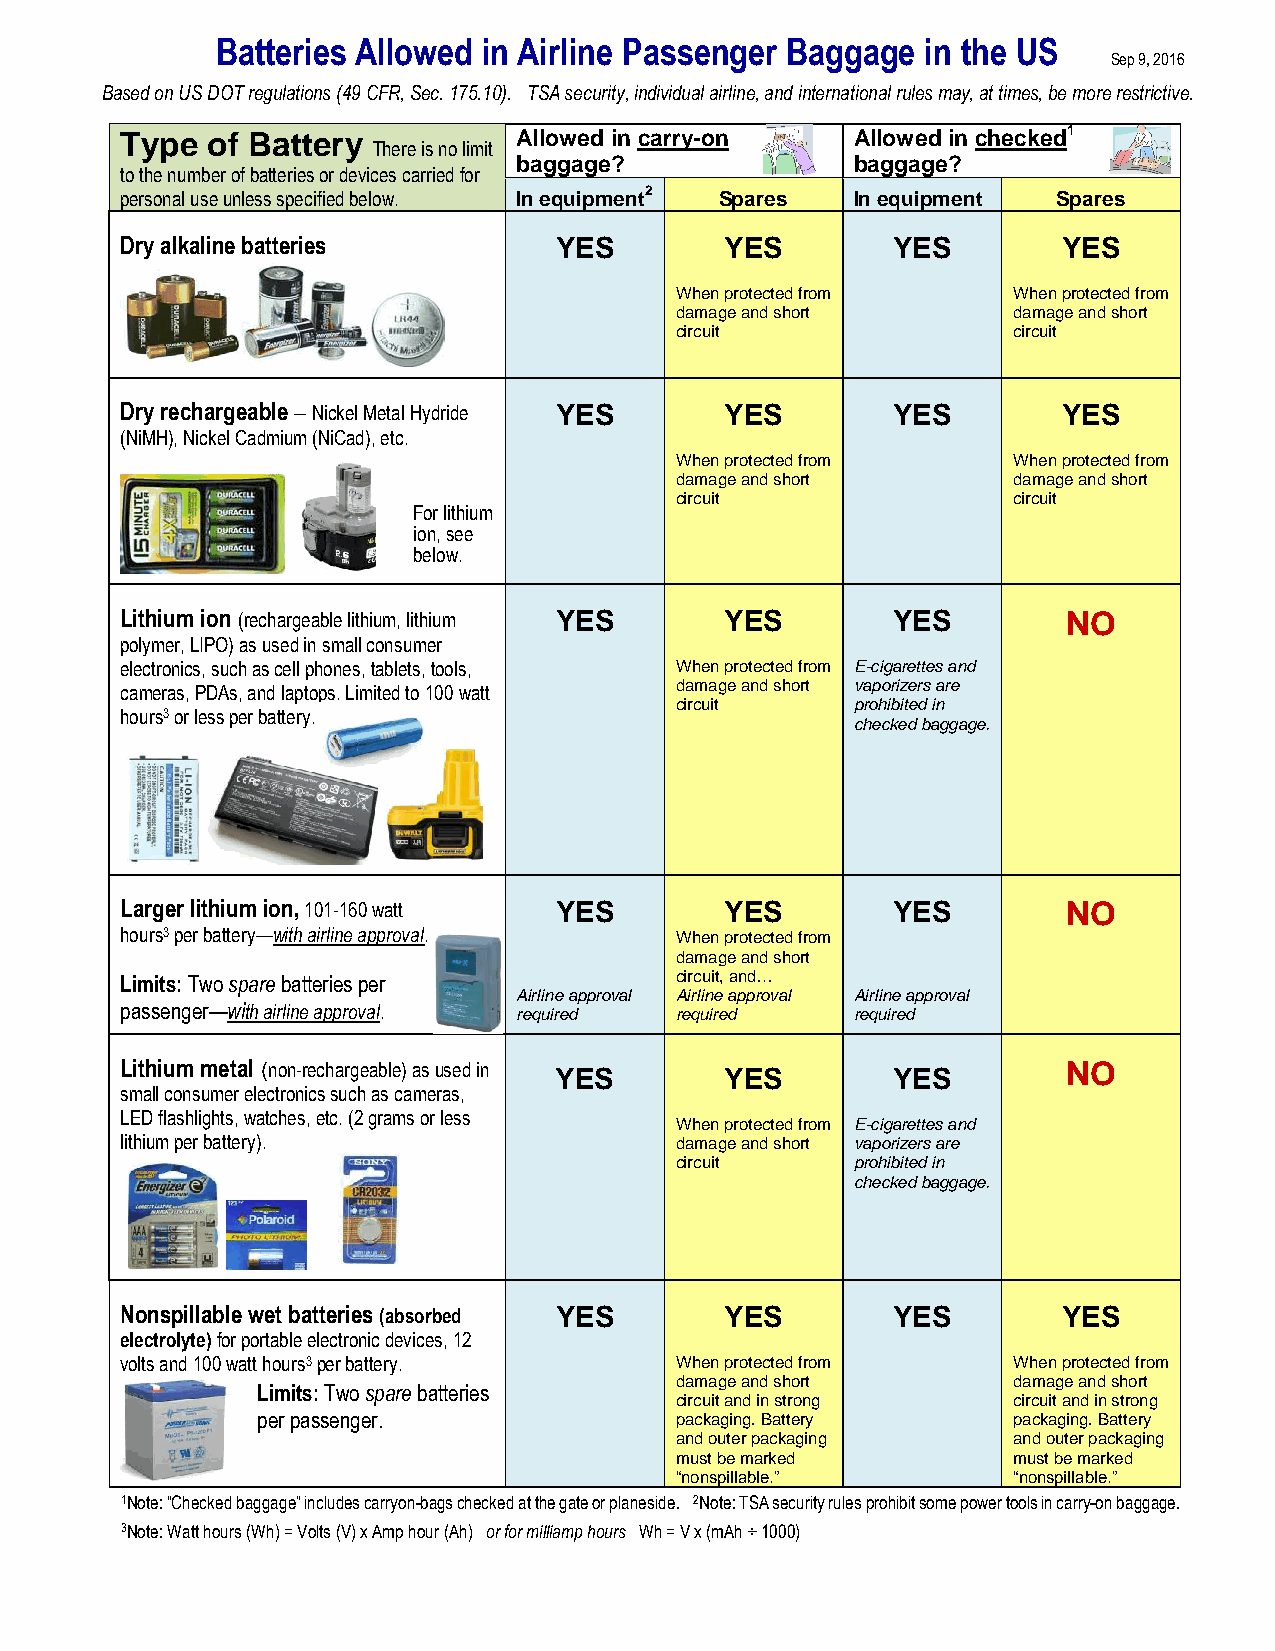
Batteries Allowed in Airline Passenger Baggage in the US
 Sep 9, 2016
 Based on US DOT regulations (49 CFR, Sec. 175.10). TSA security, individual airline, and international rules may, at times, be more restrictive.
 Type  of Battery          Allowed in carry-on    Allowed in checked1
 There is no limit
 to the number of batteries or devices carried for
 baggage?               baggage?
 personal use unless specified below. In equipment2 Spares In equipment Spares
 Dry alkaline batteries       YES        YES        YES        YES
 When protected from   When protected from
 damage and short      damage and short
 circuit               circuit
 Dry rechargeable – Nickel Metal Hydride YES YES    YES        YES
 (NiMH), Nickel Cadmium (NiCad), etc.
 When protected from   When protected from
 damage and short      damage and short
 circuit               circuit
 For lithium
 ion, see
 below.
 Lithium ion (rechargeable lithium, lithium YES YES YES         NO
 polymer, LIPO) as used in small consumer
 electronics, such as cell phones, tablets, tools, When protected from E-cigarettes and
 cameras, PDAs, and laptops. Limited to 100 watt damage and short vaporizers are
 circuit     prohibited in
 hours3 or less per battery.
 checked baggage.
 Larger lithium ion, 101-160 watt YES    YES        YES         NO
 hours3 per battery—with airline approval. When protected from
 damage and short
 Limits: Two spare batteries per      circuit, and…
 Airline approval Airline approval Airline approval
 passenger—with airline approval. required required required
 Lithium metal (non-rechargeable) as used in YES YES YES        NO
 small consumer electronics such as cameras,
 LED flashlights, watches, etc. (2 grams or less
 When protected from E-cigarettes and
 lithium per battery).                damage and short vaporizers are
 circuit     prohibited in
 checked baggage.
 Nonspillable wet batteries (absorbed YES YES       YES        YES
 electrolyte) for portable electronic devices, 12
 volts and 100 watt hours3 per battery. When protected from When protected from
 damage and short      damage and short
 Limits: Two spare batteries
 circuit and in strong circuit and in strong
 per passenger.              packaging. Battery    packaging. Battery
 and outer packaging   and outer packaging
 must be marked        must be marked
 “nonspillable.”       “nonspillable.”
 1Note: “Checked baggage” includes carryon-bags checked at the gate or planeside. 2Note: TSA security rules prohibit some power tools in carry-on baggage.
 3Note: Watt hours (Wh) = Volts (V) x Amp hour (Ah) or for milliamp hours Wh = V x (mAh ÷ 1000)
 For mo re information and for rules on battery-powered wheelchairs or assistive devices, please go to http://www.faa.gov/Go/PackSafe or call
 the DOT Hazardous Materials Information Center at 1-800-467-4922. For TSA security restrictions please go to http://www.tsa.gov